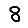
Digit: 8